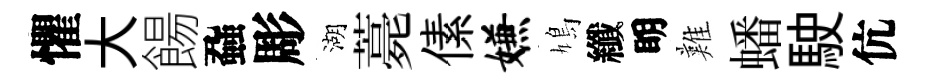
懼大餳蝨彫湖薧傃嫌鳩纖眀難蟠駛伉